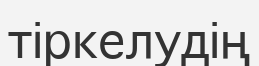
тіркелудің